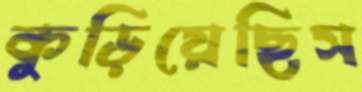
কুড়িয়েছিস